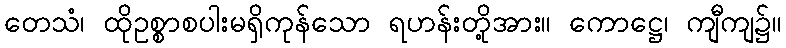
တေသံ၊ ထိုဥစ္စာစပါးမရှိကုန်သော ရဟန်းတို့အား။ ကောဋ္ဌေ၊ ကျီကျ၌။